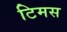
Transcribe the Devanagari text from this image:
टिमस